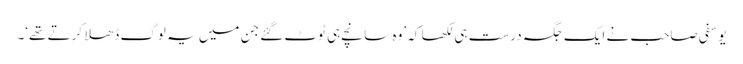
یوسفی صاحب نے ایک جگہ درست ہی لکھا کہ ’وہ سانچے ہی ٹوٹ گئے جن میں یہ لوگ ڈھلا کرتے تھے‘۔